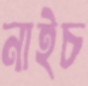
নাইচ